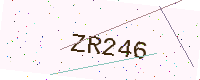
Text: ZR246